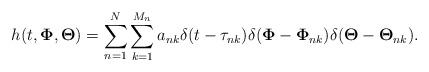
LaTeX: \begin{align*}h(t,\mathbf{\Phi},\mathbf{\Theta})=\sum\limits_{n=1}^N \sum\limits_{k=1}^{M_n}a_{nk}\delta(t-\tau_{nk})\delta(\mathbf{\Phi}-\mathbf{\Phi}_{nk})\delta(\mathbf{\Theta}-\mathbf{\Theta}_{nk}).\end{align*}